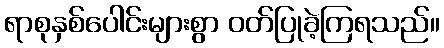
ရာစုနှစ်ပေါင်းများစွာ ဝတ်ပြုခဲ့ကြရသည်။